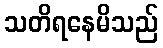
သတိရနေမိသည်